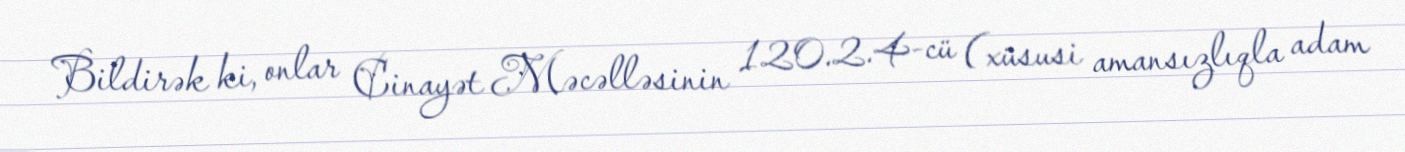
Bildirək ki, onlar Cinayət Məcəlləsinin 120.2.4-cü (xüsusi amansızlıqla adam